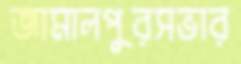
জামালপুরসভার